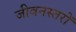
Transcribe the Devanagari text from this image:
जीवनस्तरों